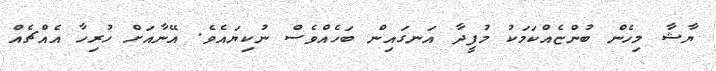
ޔާޝާ މިހެން ބުންޏެއްކަމަކު މުފީދާ އަނގައިން ބަހެއްވެސް ނުކިޔައެވެ. އޭނާއަށް ހުރިހާ އެއްޗެއް